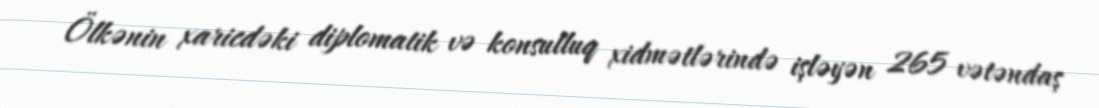
Ölkənin xaricdəki diplomatik və konsulluq xidmətlərində işləyən 265 vətəndaş